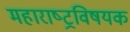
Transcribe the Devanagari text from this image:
महाराष्‍ट्रविषयक